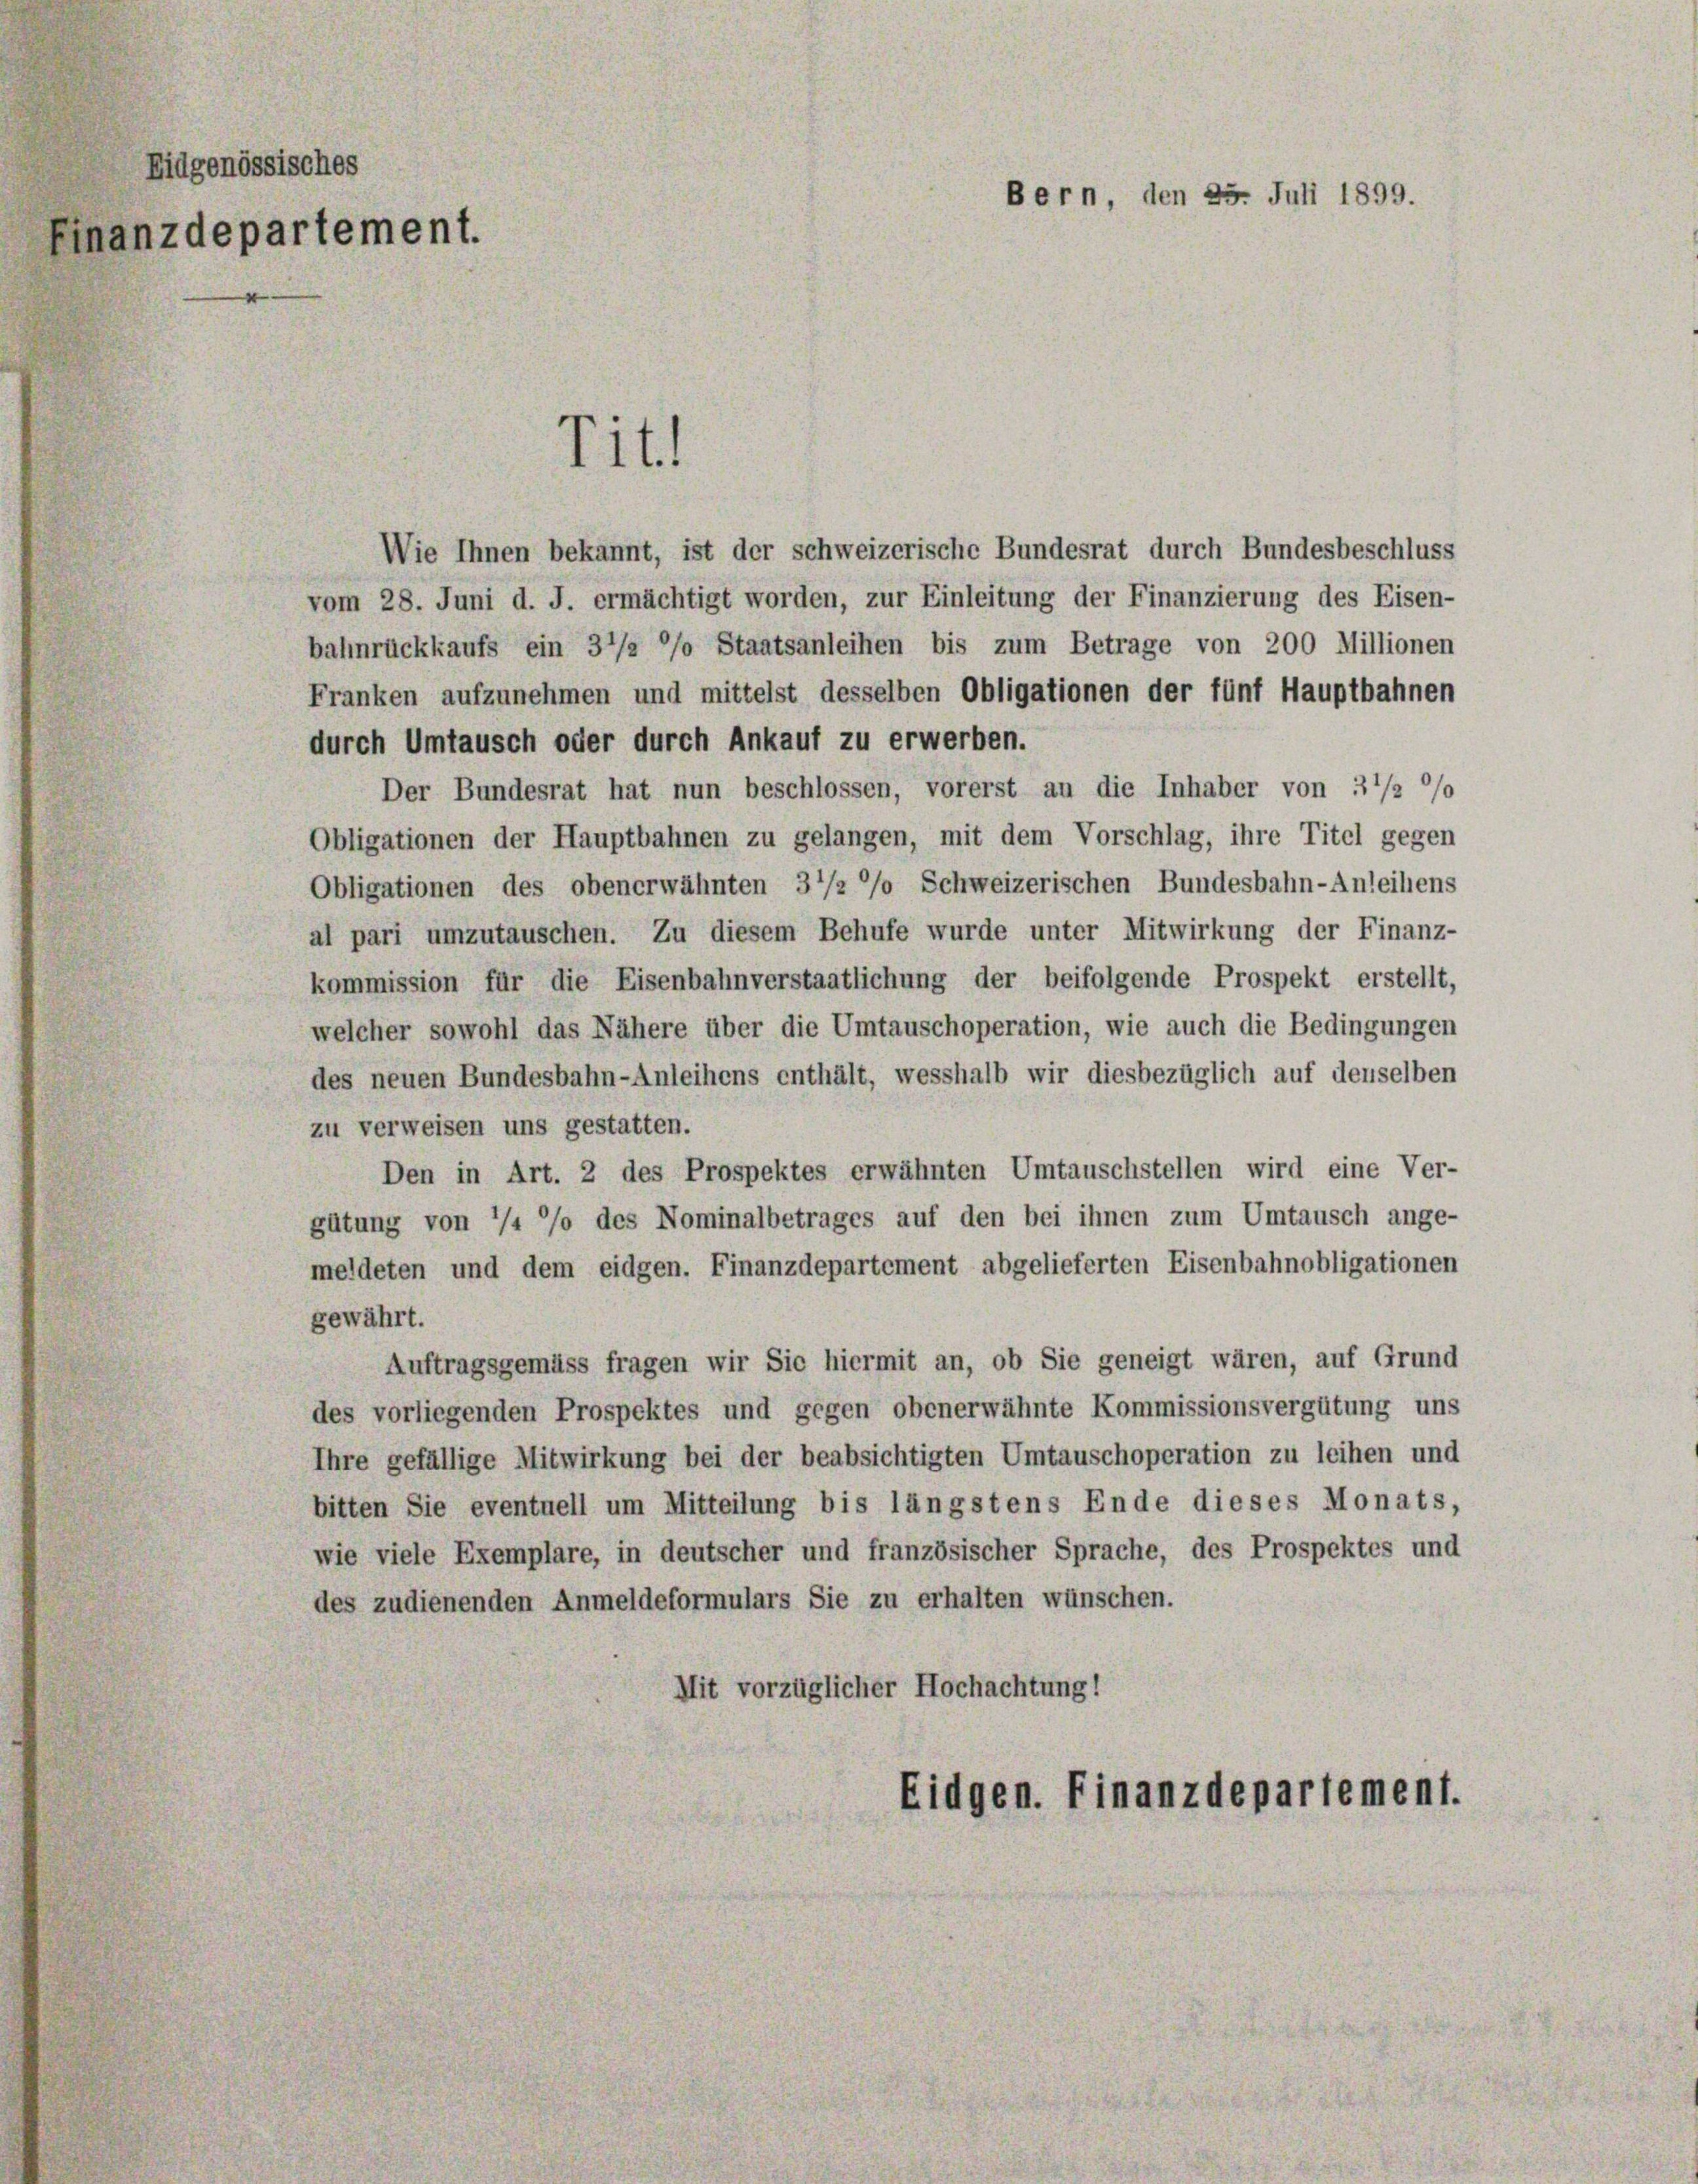
Eidgenössisches
Finanzdepartement.

Titl

Wie Ihnen bekannt, ist der schweizerische Bundesrat durch Bundesbeschluss
vom 28. Juni d. J. ermächtigt worden, zur Einleitung der Finanzierung des Eisen-
bahnrückkaufs ein 3 1/2 % Staatsanleihen bis zum Betrage von 200 Millionen
Franken aufzunehmen und mittelst desselben Obligationen der fünf Hauptbahnen
durch Umtausch oder durch Ankauf zu erwerben.
Der Bundesrat hat nun beschlossen, vorerst an die Inhaber von 3'/2 °/o
Obligationen der Hauptbahnen zu gelangen, mit dem Vorschlag, ihre Titel gegen
Obligationen des obenerwähnten 3 1/2 °/o Schweizerischen Bundesbahn-Anleihens
al pari umzutauschen. Zu diesem Behufe wurde unter Mitwirkung der Finanz-
kommission für die Eisenbahnverstaatlichung der beifolgende Prospekt erstellt,
welcher sowohl das Nähere über die Umtauschoperation, wie auch die Bedingungen
des neuen Bundesbahn-Anleihens enthält, wesshalb wir diesbezüglich auf denselben
zu verweisen uns gestatten.
Den in Art. 2 des Prospektes erwähnten Umtauschstellen wird eine Ver-
gütung von 1/4 °/o des Nominalbetrages auf den bei ihnen zum Umtausch ange-
meldeten und dem eidgen. Finanzdepartement abgelieferten Eisenbahnobligationen
gewährt.
Auftragsgemäss fragen wir Sie hiermit an, ob Sie geneigt wären, auf Grund
des vorliegenden Prospektes und gegen obenerwähnte Kommissionsvergütung uns
Ihre gefällige Mitwirkung bei der beabsichtigten Umtauschoperation zu leihen und
bitten Sie eventuell um Mitteilung bis längstens Ende dieses Monats,
wie viele Exemplare, in deutscher und französischer Sprache, des Prospektes und
des zudienenden Anmeldeformulars Sie zu erhalten wünschen.
Mit vorzüglicher Hochachtung!
Eidgen. Finanzdepartement.

Bern, den 25. Juli 1899.